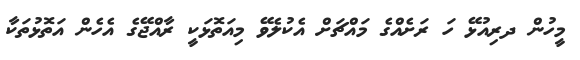
މީހުން ދރިއުޅޭ ހަ ރަށެއްގެ މައްޗަށް އެކުލެވޭ މިއަތޮޅަކީ ރާއްޖޭގެ އެހެން އަތޮޅުތަކާ